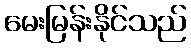
မေးမြန်းနိုင်သည်